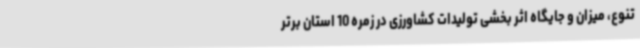
تنوع، میزان و جایگاه اثر بخشی تولیدات کشاورزی در زمره 10 استان برتر